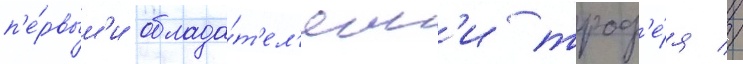
п'е́рвым'и облада́т'ел'ям'и троф'е́я //